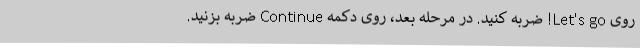
روی Let's go! ضربه کنید. در مرحله بعد، روی دکمه Continue ضربه بزنید.